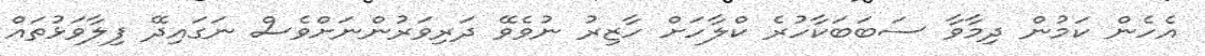
އެހެން ކަމުން ދިމާވާ ސަބަބަކާހުރެ ކްލާހަށް ހާޒިރު ނުވެވޭ ދަރިވަރުންނަށްވެސް ނަގައިދޭ ފިލާވަޅުތައް